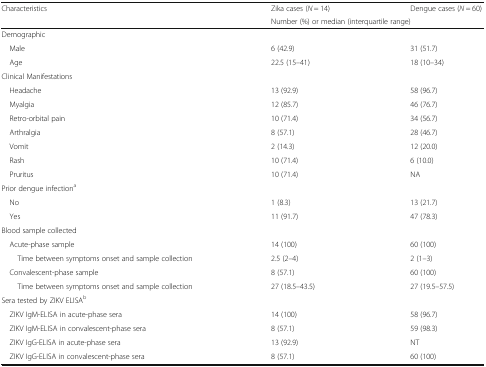
| <ROWSPAN=2> Characteristics | Zika cases (N = 14) | Dengue cases (N = 60) |
 | <COLSPAN=2> Number (%) or median (interquartile range) |
 | --- | --- | --- |
 | <COLSPAN=3> Demographic |
 | Male | 6 (42.9) | 31 (51.7) |
 | Age | 22.5 (15–41) | 18 (10–34) |
 | <COLSPAN=3> Clinical Manifestations |
 | Headache | 13 (92.9) | 58 (96.7) |
 | Myalgia | 12 (85.7) | 46 (76.7) |
 | Retro-orbital pain | 10 (71.4) | 34 (56.7) |
 | Arthralgia | 8 (57.1) | 28 (46.7) |
 | Vomit | 2 (14.3) | 12 (20.0) |
 | Rash | 10 (71.4) | 6 (10.0) |
 | Pruritus | 10 (71.4) | NA |
 | <COLSPAN=3> Prior dengue infectiona |
 | No | 1 (8.3) | 13 (21.7) |
 | Yes | 11 (91.7) | 47 (78.3) |
 | <COLSPAN=3> Blood sample collected |
 | Acute-phase sample | 14 (100) | 60 (100) |
 | Time between symptoms onset and sample collection | 2.5 (2–4) | 2 (1–3) |
 | Convalescent-phase sample | 8 (57.1) | 60 (100) |
 | Time between symptoms onset and sample collection | 27 (18.5–43.5) | 27 (19.5–57.5) |
 | <COLSPAN=3> Sera tested by ZIKV ELISAb |
 | ZIKV IgM-ELISA in acute-phase sera | 14 (100) | 58 (96.7) |
 | ZIKV IgM-ELISA in convalescent-phase sera | 8 (57.1) | 59 (98.3) |
 | ZIKV IgG-ELISA in acute-phase sera | 13 (92.9) | NT |
 | ZIKV IgG-ELISA in convalescent-phase sera | 8 (57.1) | 60 (100) |